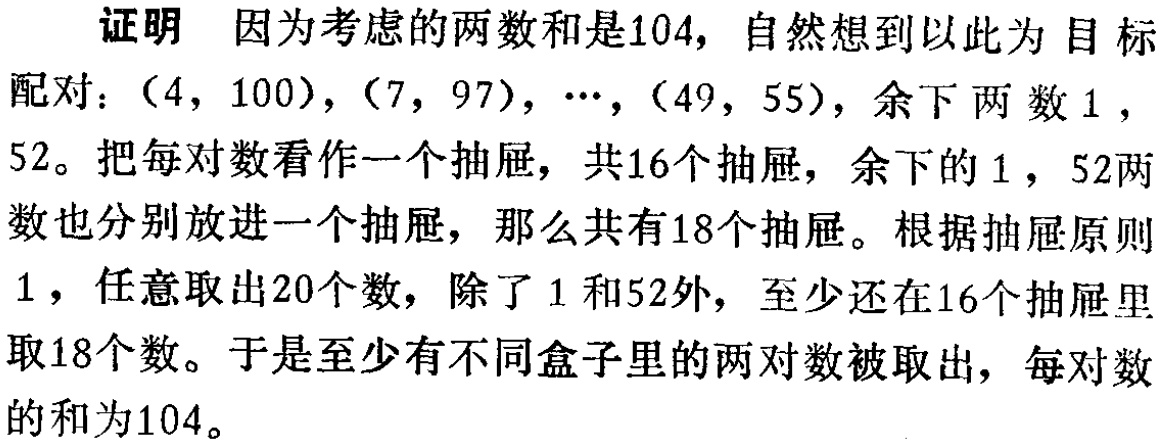
证明 因为考虑的两数和是104，自然想到以此为目标

配对：$(4,100)$，$(7,97)$，$\cdots$，$(49,55)$，余下两数$1$，

$52$。把每对数看作一个抽屉，共16个抽屉，余下的$1$，$52$两

数也分别放进一个抽屉，那么共有18个抽屉。根据抽屉原则

1，任意取出20个数，除了$1$和$52$外，至少还在16个抽屉里

取18个数。于是至少有不同盒子里的两对数被取出，每对数

的和为104。